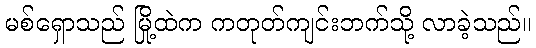
မစ်ရှောသည် မြို့ထဲက ကတုတ်ကျင်းဘက်သို့ လာခဲ့သည်။